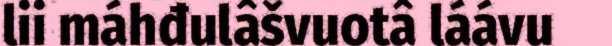
lii máhđulâšvuotâ láávu